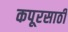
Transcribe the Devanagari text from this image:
कपूरसाठी